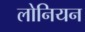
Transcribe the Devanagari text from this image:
लोनियन